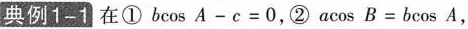
典例1-1在①bcos A-c=0，②acos B=bcos A，